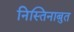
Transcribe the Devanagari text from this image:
निस्तिनाबुत